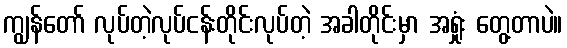
ကျွန်တော် လုပ်တဲ့လုပ်ငန်းတိုင်းလုပ်တဲ့ အခါတိုင်းမှာ အရှုံး တွေ့တာပဲ။